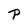
Character: P